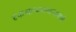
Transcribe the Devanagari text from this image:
दृकश्राव्यकथनामध्ये